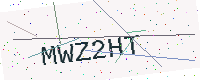
Text: MWZ2HT